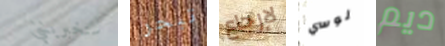
ستخبرينني تبحر لإرجاع لوسي ديم